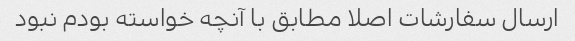
ارسال سفارشات اصلا مطابق با آنچه خواسته بودم نبود